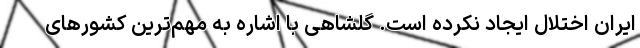
ایران اختلال ایجاد نکرده است. گلشاهی با اشاره به مهم‌ترین کشورهای